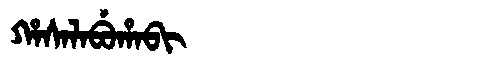
Manchu: ᡥᠠᠰᠠᠯᠠᠪᡠᡥᠠᠪᡳ
Romanization: HASALABUHABI